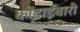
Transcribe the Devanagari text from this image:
कोंडाईबारी